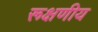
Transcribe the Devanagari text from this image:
रूक्षणीय